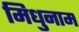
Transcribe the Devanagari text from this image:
मिधुनाम